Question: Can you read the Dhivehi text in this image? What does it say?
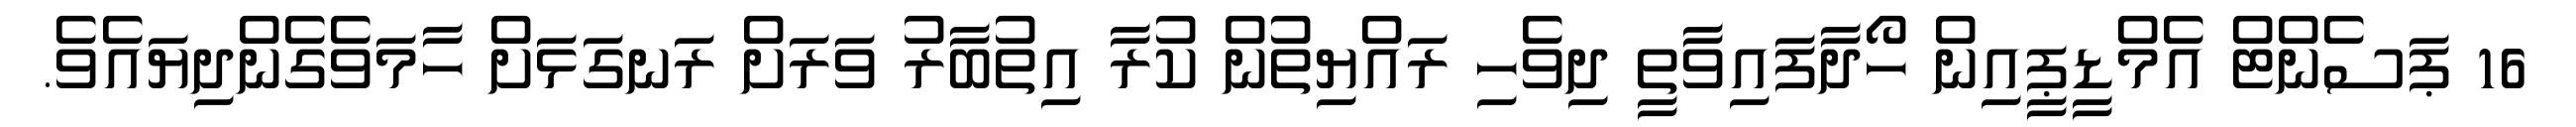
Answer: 16 ޕަސެންޓް އެމްޑީޕީއިން ހޯދާފައިވާތީ ދިވެހި ރައްޔިތުން ކުރާ އިތުބާރު ވަރަށް ރަނގަޅަށް ހާމަވެގެންދިޔައެވެ.